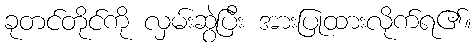
ခုတင်တိုင်ကို လှမ်းဆွဲပြီး အားပြုထားလိုက်ရ၏။